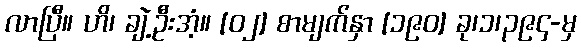
လာပြီ။ ဟိ၊ ချဲ့ဦးအံ့။ [၀၂] စာမျက်နှာ [၁၉၀] ခု၊၁၊၃၉၄-မှ